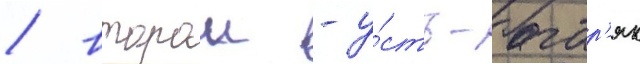
/ второи - у́сть-багар'як